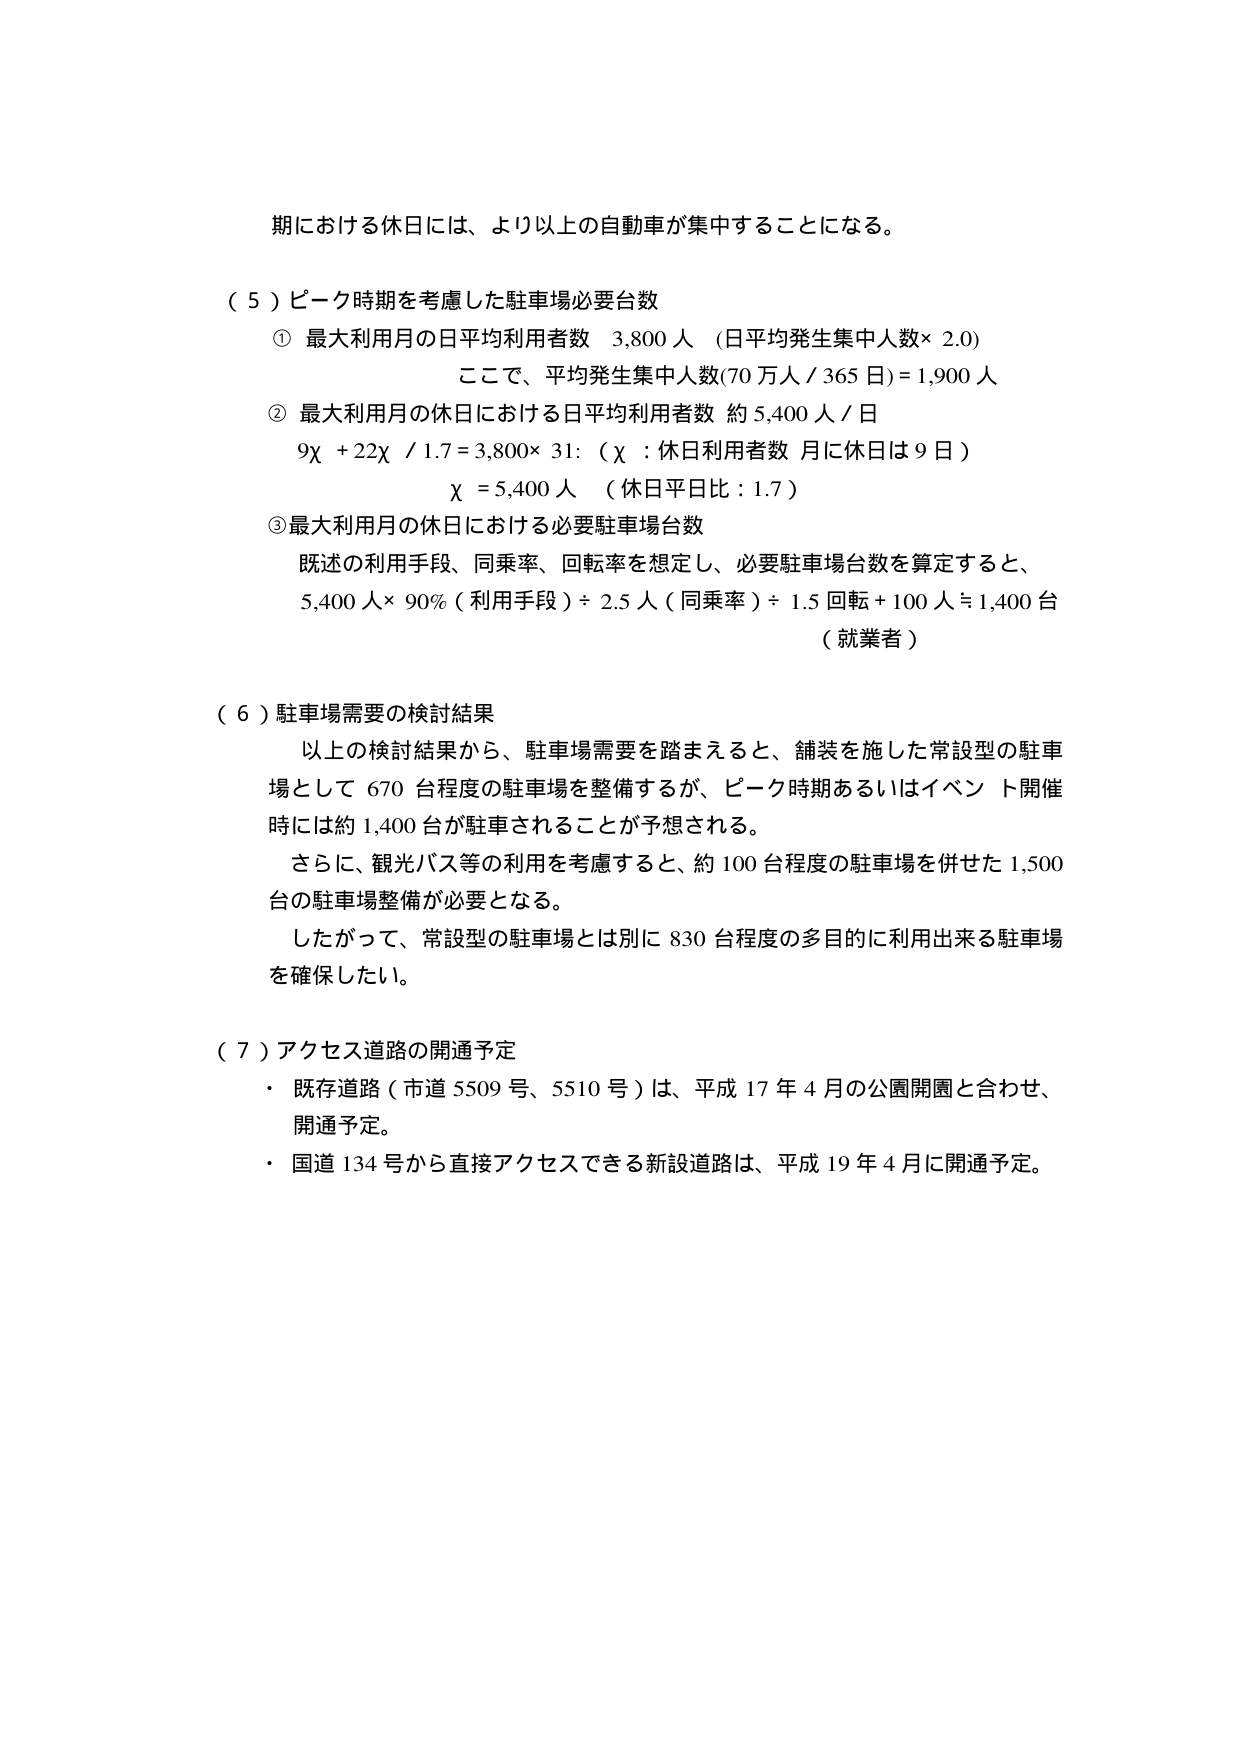
期における休日には、より以上の自動車が集中することになる。

（５）ピーク時期を考慮した駐車場必要台数
① 最大利用月の日平均利用者数 3,800人（日平均発生集中人数×2.0）
　　ここで、平均発生集中人数(70万人／365日)＝1,900人
② 最大利用月の休日における日平均利用者数 約5,400人／日
　　9χ＋22χ／1.7＝3,800×31：（χ：休日利用者数 月に休日は9日）
　　χ＝5,400人（休日平日比：1.7）
③最大利用月の休日における必要駐車場台数
　　既述の利用手段、同乗率、回転率を想定し、必要駐車場台数を算定すると、
　　5,400人×90％（利用手段）÷2.5人（同乗率）÷1.5回転＋100人≒1,400台
　　（就業者）

（６）駐車場需要の検討結果
　　以上の検討結果から、駐車場需要を踏まえると、舗装を施した常設型の駐車場として670台程度の駐車場を整備するが、ピーク時期あるいはイベント開催時には約1,400台が駐車されることが予想される。
　　さらに、観光バス等の利用を考慮すると、約100台程度の駐車場を併せた1,500台の駐車場整備が必要となる。
　　したがって、常設型の駐車場とは別に830台程度の多目的に利用出来る駐車場を確保したい。

（７）アクセス道路の開通予定
・ 既存道路（市道5509号、5510号）は、平成17年4月の公園開園と合わせ、開通予定。
・ 国道134号から直接アクセスできる新設道路は、平成19年4月に開通予定。